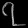
Digit: ၇